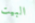
البيت